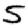
Digit: 5